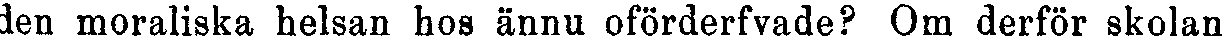
den moraliska helsan hos ännu oförderfvade ? Om derför skolan